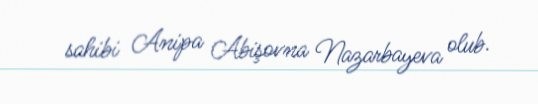
sahibi Anipa Abişovna Nazarbayeva olub.